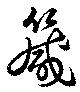
箴